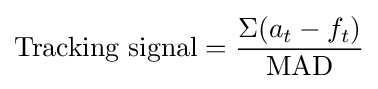
{\text{Tracking signal}}={\frac {\Sigma (a_{t}-f_{t})}{\text{MAD}}}